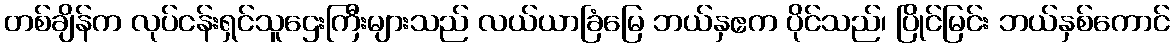
တစ်ချိန်က လုပ်ငန်းရှင်သူဌေးကြီးများသည် လယ်ယာခြံမြေ ဘယ်နှဧက ပိုင်သည်၊ ပြိုင်မြင်း ဘယ်နှစ်ကောင်